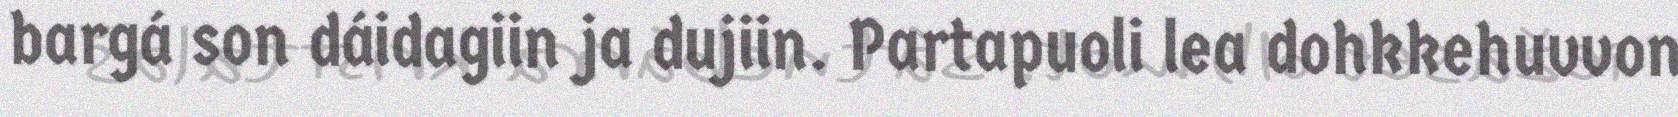
bargá son dáidagiin ja dujiin. Partapuoli lea dohkkehuvvon